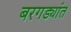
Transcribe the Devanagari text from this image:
बरगड्यांत